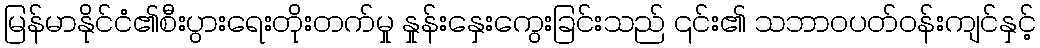
မြန်မာနိုင်ငံ၏စီးပွားရေးတိုးတက်မှု နှုန်းနှေးကွေးခြင်းသည် ၎င်း၏ သဘာဝပတ်ဝန်းကျင်နှင့်